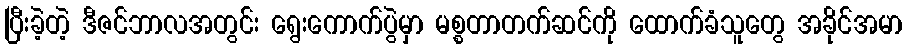
ပြီးခဲ့တဲ့ ဒီဇင်ဘာလအတွင်း ရွေးကောက်ပွဲမှာ မစ္စတာတက်ဆင်ကို ထောက်ခံသူတွေ အခိုင်အမာ